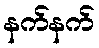
နက်နက်